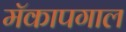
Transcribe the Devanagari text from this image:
मॅकापगाल